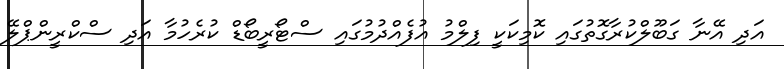
އަދި އޭނާ ގަބޫލްކުރާގޮތުގައި ކޮމިކަކީ ފިލްމު އުފެއްދުމުގައި ސްޓޯރީބޯޑް ކުރެހުމާ އަދި ސްކްރީންޕްލޭ